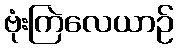
ဗုံးကြဲလေယာဉ်